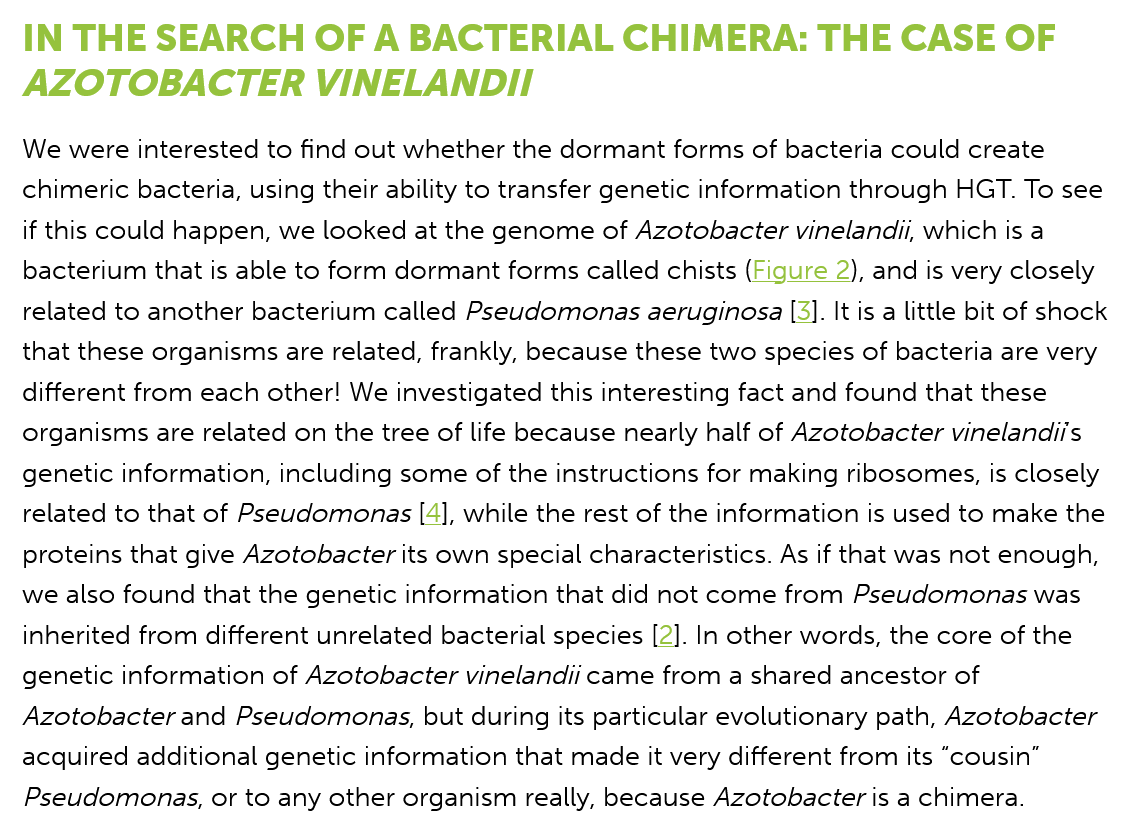
IN  THE   SEARCH    OF A   BACTERIAL    CHIMERA:    THE   CASE   OF
  AZOTOBACTER    VINELANDII
  We were interested to find out whether the dormant forms of bacteria could create
  chimeric bacteria, using their ability to transfer genetic information through HGT. To see
  if this could happen, we looked at the genome of Azotobacter vinelandii, which is a
  bacterium that is able to form dormant forms called chists (Figure 2), and is very closely
  related to another bacterium called Pseudomonas aeruginosa [3]. It is a little bit of shock
  that these organisms are related, frankly, because these two species of bacteria are very
  different from each other! We investigated this interesting fact and found that these
  organisms are related on the tree of life because nearly half of Azotobacter vinelandii's
  genetic information, including some of the instructions for making ribosomes, is closely
  related to that of Pseudomonas [4], while the rest of the information is used to make the
  proteins that give Azotobacter its own special characteristics. As if that was not enough,
  we also found that the genetic information that did not come from Pseudomonas was
  inherited from different unrelated bacterial species [2]. In other words, the core of the
  genetic information of Azotobacter vinelandii came from a shared ancestor of
  Azotobacter and Pseudomonas, but during its particular evolutionary path, Azotobacter
  acquired additional genetic information that made it very different from its “cousin”
  Pseudomonas,  or to any other organism really, because Azotobacter is a chimera.